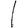
Digit: 1